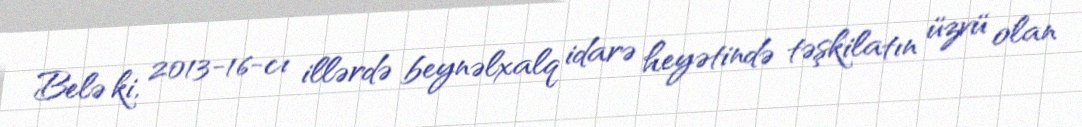
Belə ki, 2013-16-cı illərdə beynəlxalq idarə heyətində təşkilatın üzvü olan